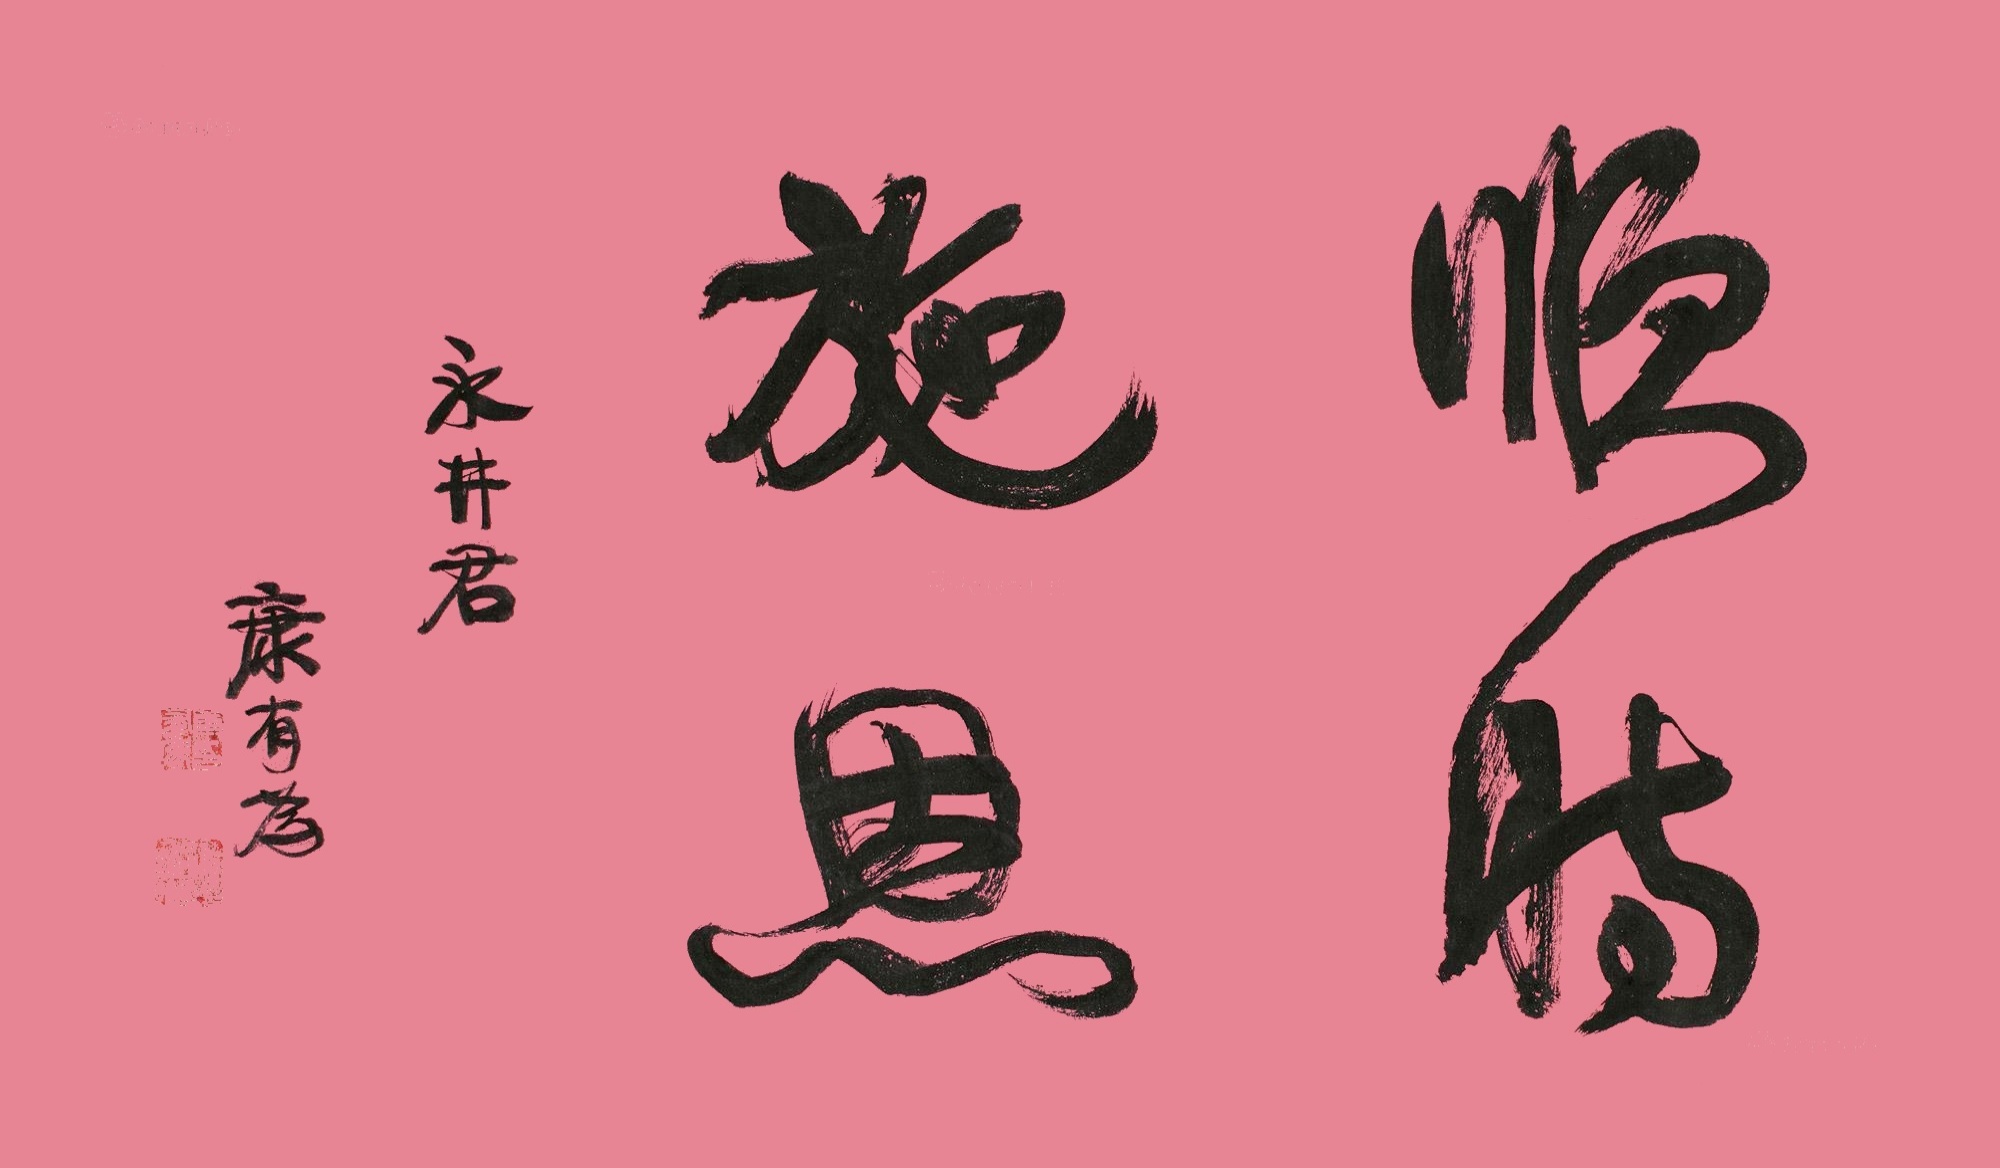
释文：顺时施恩。永井君，康有为。